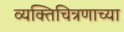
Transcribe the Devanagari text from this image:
व्यक्तिचित्रणाच्या